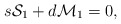
\begin{align*}s{\cal S}_1 +d {\cal M}_1=0,\end{align*}